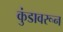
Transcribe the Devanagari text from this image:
कुंडावरून